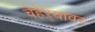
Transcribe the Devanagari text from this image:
चेहेऱ्यावर